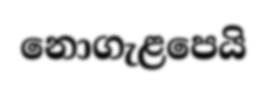
නොගැළපෙයි